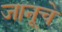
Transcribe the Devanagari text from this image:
जानूचे